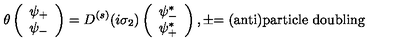
\theta \left( \begin{array} { c } { \psi _ { + } } \\ { \psi _ { - } } \\ \end{array} \right) = D ^ { ( s ) } ( i \sigma _ { 2 } ) \left( \begin{array} { c } { \psi _ { - } ^ { * } } \\ { \psi _ { + } ^ { * } } \\ \end{array} \right) , \pm \mathrm { = ( a n t i ) p a r t i c l e \thinspace \thinspace d o u b l i n g }